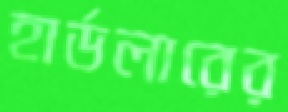
হার্ডলারের